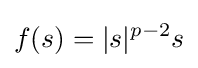
f(s)=|s|^{p-2}s